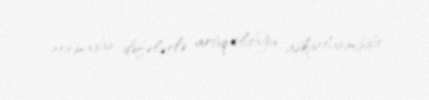
normadan dəfələrlə artıq olduğu aşkarlanmışdır.